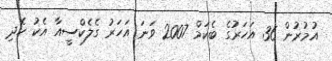
އުމުރުން 36 އަހަރުގެ ބެކަމް 2007 ވަނަ އަހަރު ގެލެކްސީއާ އެކު ހެދި